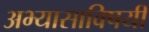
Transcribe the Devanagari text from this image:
अभ्यासाविषयी